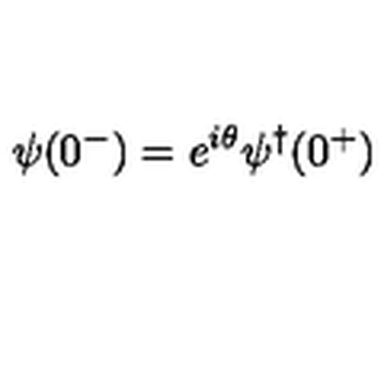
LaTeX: \psi ( 0 ^ { - } ) = e ^ { i \theta } \psi ^ { \dagger } ( 0 ^ { + } )